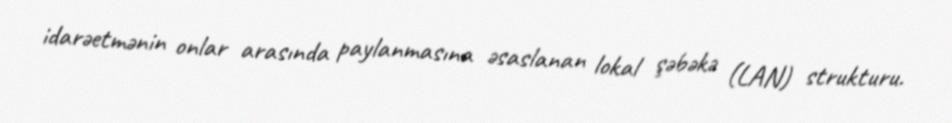
idarəetmənin onlar arasında paylanmasına əsaslanan lokal şəbəkə (LAN) strukturu.